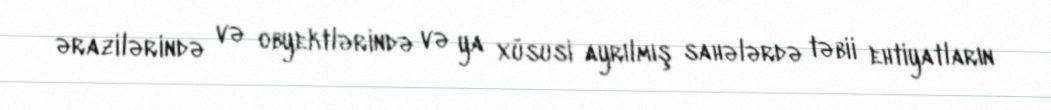
ərazilərində və obyektlərində və ya xüsusi ayrılmış sahələrdə təbii ehtiyatların